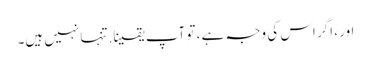
اور ، اگر اس کی وجہ ہے ، تو آپ یقینا. تنہا نہیں ہیں۔